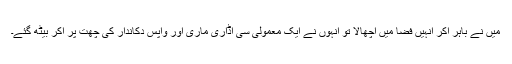
میں نے باہر آکر انہیں فضا میں اچھالا تو انہوں نے ایک معمولی سی اڈاری ماری اور واپس دکاندار کی چھت پر آکر بیٹھ گئے۔